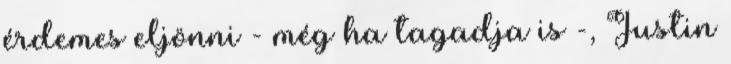
érdemes eljönni - még ha tagadja is -, Justin